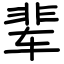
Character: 辈